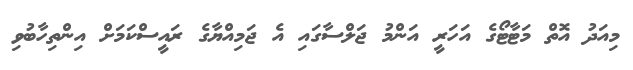
މިއަދު އޮތް މަޓާޓޯގެ އަހަރީ އަންމު ޖަލްސާގައި އެ ޖަމިއްޔާގެ ރައީސްކަމަށް އިންތިހާބުވި